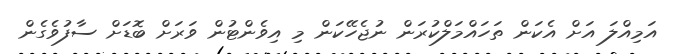
އަމިއްލަ އަށް އެކަން ތަހައްމަލްކުރަން ނުޖެހޭކަން މި އިވެންޓުން ވަރަށް ބޮޑަށް ސާފުވެގެން